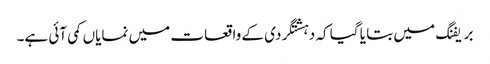
بریفنگ میں بتا یا گیا کہ دہشتگردی کے واقعات میں نمایاں کمی آئی ہے۔